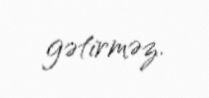
gətirməz.